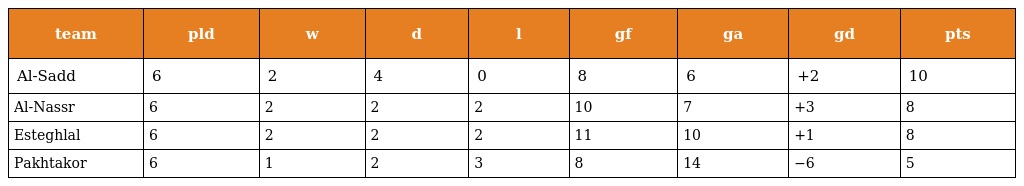
| team | pld | w | d | l | gf | ga | gd | pts |
 | --- | --- | --- | --- | --- | --- | --- | --- | --- |
 | Al-Sadd | 6 | 2 | 4 | 0 | 8 | 6 | +2 | 10 |
 | Al-Nassr | 6 | 2 | 2 | 2 | 10 | 7 | +3 | 8 |
 | Esteghlal | 6 | 2 | 2 | 2 | 11 | 10 | +1 | 8 |
 | Pakhtakor | 6 | 1 | 2 | 3 | 8 | 14 | −6 | 5 |